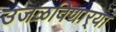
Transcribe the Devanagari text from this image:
उजळविणार्‍या